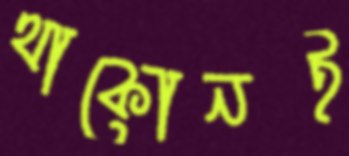
থাকোনই